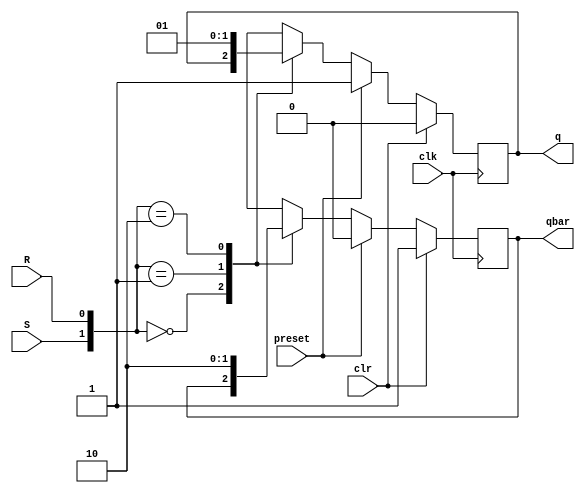
`timescale 1ns / 1ps
module SRFF(clk,S,R,preset,clr,q,qbar);
input clk,S,R,clr,preset;
output reg q,qbar;

always @(posedge clk)
if(clr==1'b1)
begin q<=0 ; qbar<=1; end
else if (preset==1'b1)
begin q<=1;qbar<=0; end
else
    case({S,R})
 2'b00: begin q<=q; qbar<=qbar; end
2'b01: begin q<=1'b0; qbar<=1'b1; end
2'b10: begin q<=1'b1; qbar<=1'b0; end
2'b11: begin q<=1'bx; qbar<=1'bx; end
default : {q,qbar}<= 2'bxx;
endcase
endmodule